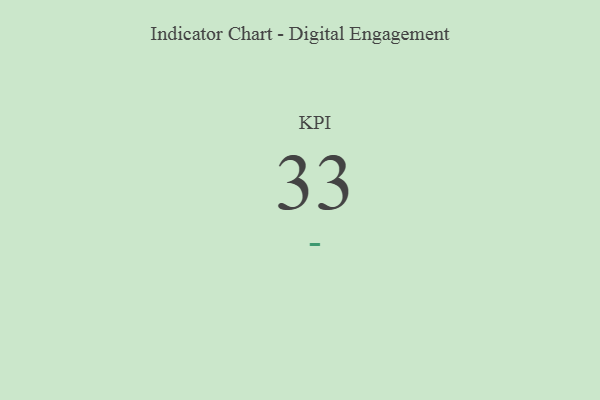
{"axis": {"x": "KPI", "y": "Value"}, "legend": [""], "data": [{"x": "KPI", "y": 33, "type": ""}]}